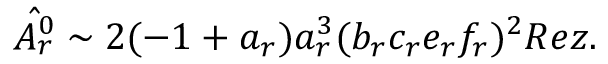
\hat { A _ { r } ^ { 0 } } \sim 2 ( - 1 + a _ { r } ) a _ { r } ^ { 3 } ( b _ { r } c _ { r } e _ { r } f _ { r } ) ^ { 2 } R e z .